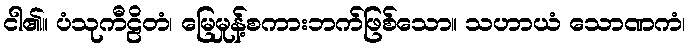
ငါ၏။ ပံသုကီဠိတံ၊ မြေမှုန့်စကားဘက်ဖြစ်သော။ သဟာယံ သောဏကံ၊